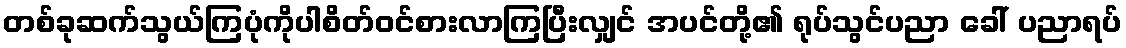
တစ်ခုဆက်သွယ်ကြပုံကိုပါစိတ်ဝင်စားလာကြပြီးလျှင် အပင်တို့၏ ရုပ်သွင်ပညာ ခေါ် ပညာရပ်